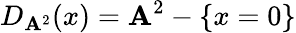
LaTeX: D_{\mathbf{A}^{2}}(x)=\mathbf{A}^{2}-\{ x=0\}